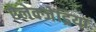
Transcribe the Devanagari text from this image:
ऐलेक्जेंड्रिया